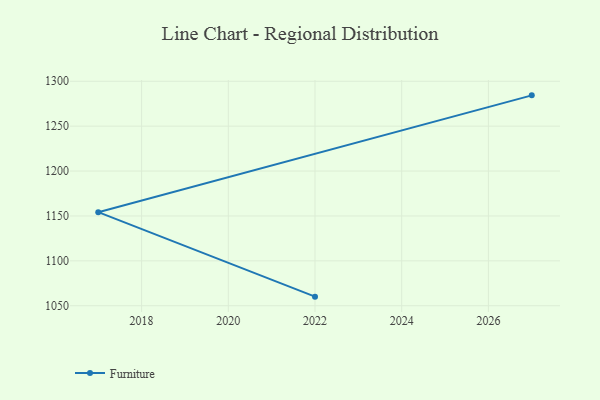
{"axis": {"x": "Year", "y": "Humidity (%)"}, "legend": ["Furniture"], "data": [{"x": "2022", "y": 1060.1, "type": "Furniture"}, {"x": "2017", "y": 1154.2, "type": "Furniture"}, {"x": "2027", "y": 1284.3, "type": "Furniture"}]}